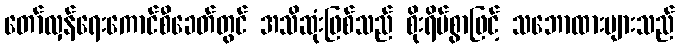
တော်လှန်ရေးကောင်စီခေတ်တွင် အသိဆုံးဖြစ်သည် စိုးရိမ်စွာဖြင့် သဘောထားများသည်